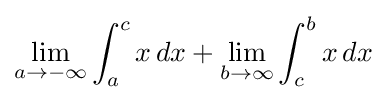
\lim _{a\to -\infty }\int _{a}^{c}x\,dx+\lim _{b\to \infty }\int _{c}^{b}x\,dx